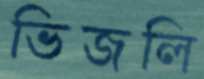
ভিজলি